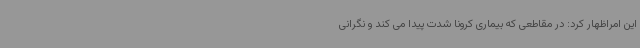
این امراظهار کرد: در مقاطعی که بیماری کرونا شدت پیدا می کند و نگرانی